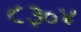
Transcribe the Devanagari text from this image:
८३०४